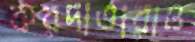
করদাতারাও